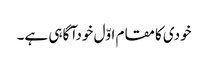
خودی کامقام اوّل خودآگاہی ہے۔